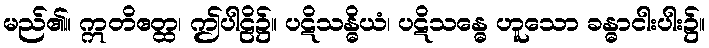
မည်၏။ ဣတိဧတ္ထ၊ ဤပါဠိ၌။ ပဋိသန္ဓိယံ၊ ပဋိသန္ဓေ ဟူသော ခန္ဓာငါးပါး၌။